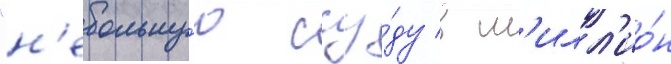
"н'ебольшу́ю ссу́ду в м'илл'ио́н